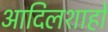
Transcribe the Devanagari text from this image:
आदिलशाहों